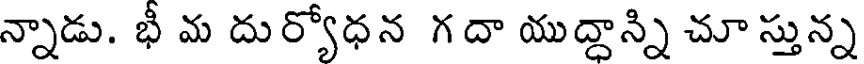
న్నాడు. భీ మ దుర్యోధన గదా యుద్ధాన్ని చూ స్తున్న